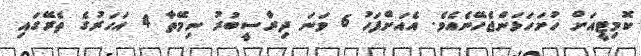
ކޮމިޓީއަށް ހުށަހަޅަންޖެހޭނެއެވެ. އެއަށްފަހު 6 ވަނަ ދިރާސީބުރު ނިމޭތާ 4 އަހަރުގެ ތެރޭގައި